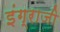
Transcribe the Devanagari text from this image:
इंग्राजी